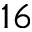
1 6